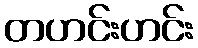
တဟင်းဟင်း